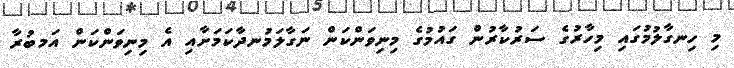
މި ހިނގާލުމުގައި މިހާރުގެ ސަރުކާރުން ގައުމުގެ މިނިވަންކަން ނަގާލަމުނދާކަމަށާއި އެ މިނިވަންކަން އަމބުރާ